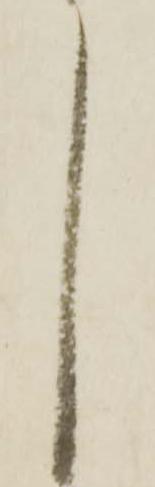
々